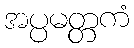
အပ္ပမတ္တကံ